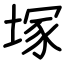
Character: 塚